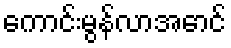
ကောင်းမွန်လာအောင်